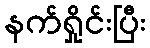
နက်ရှိုင်းပြီး